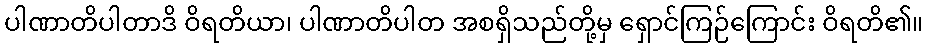
ပါဏာတိပါတာဒိ ဝိရတိယာ၊ ပါဏာတိပါတ အစရှိသည်တို့မှ ရှောင်ကြဉ်ကြောင်း ဝိရတိ၏။